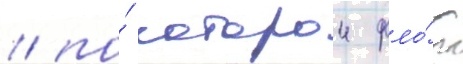
/ по́ которои фло́т